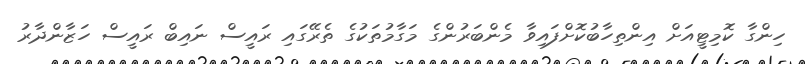
ހިންގާ ކޮމިޓީއަށް އިންތިހާބުކޮށްފައިވާ މެންބަރުންގެ މަގާމުތަކުގެ ތެރޭގައި ރައީސް ނައިބް ރައީސް ހަޒާންދާރު